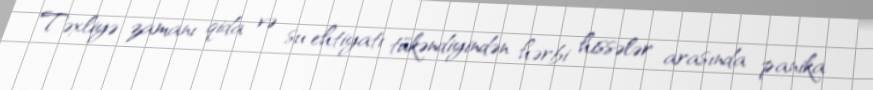
Təxliyə zamanı qida və su ehtiyatı tükəndiyindən hərbi hissələr arasında panika